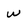
Character: w